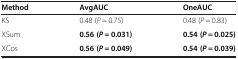
| Method | AvgAUC | OneAUC |
 | --- | --- | --- |
 | KS | 0.48 (P = 0.75) | 0.48 (P = 0.83) |
 | XSum | 0.56 (P = 0.031) | 0.54 (P = 0.025) |
 | XCos | 0.56 (P = 0.049) | 0.54 (P = 0.039) |